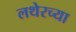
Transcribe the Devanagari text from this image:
लथेरच्या